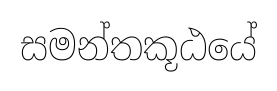
සමන්තකූඨයේ